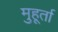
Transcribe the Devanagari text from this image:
मुहूर्ता